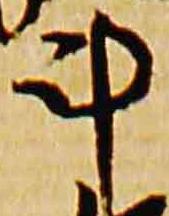
斗